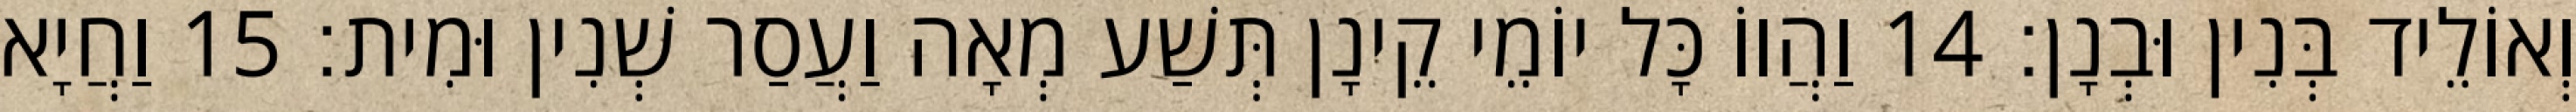
וְאוֹלֵיד בְּנִין וּבְנָן׃ 14 וַהֲווֹ כָּל יוֹמֵי קֵינָן תְּשַׁע מְאָה וַעֲסַר שְׁנִין וּמִית׃ 15 וַחֲיָא